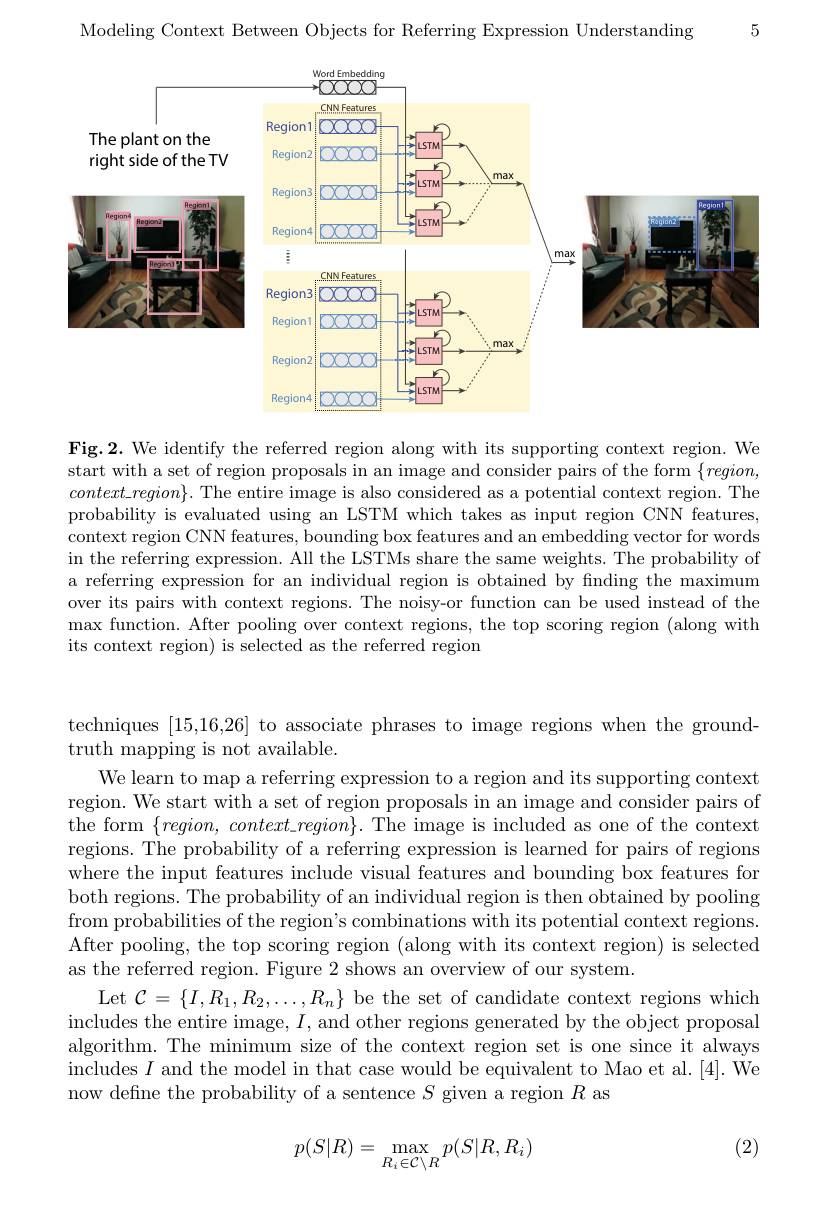
5

Modeling Context Between Objects for Referring Expression Understanding

<FigureHere>

Fig.2. We identify the referred region along with its supporting context region. We start with a set of region proposals in an image and consider pairs of the form $\{region$, $context\_region\}.$ The entire image is also considered as a potential context region. The probability is evaluated using an LSTM which takes as input region CNN features, context region CNN features, bounding box features and an embedding vector for words in the referring expression. All the LSTMs share the same weights. The probability of a referring expression for an individual region is obtained by finding the maximum over its pairs with context regions. The noisy-or function can be used instead of the $\max$ function. After pooling over context regions, the top scoring region (along with its context region) is selected as the referred region

techniques [15,16,26] to associate phrases to image regions when the ground-
truth mapping is not available.
We learn to map a referring expression to a region and its supporting context region. We start with a set of region proposals in an image and consider pairs of the form $\{region,context\_region\}.$ The image is included as one of the context regions. The probability of a referring expression is learned for pairs of regions where the input features include visual features and bounding box features for both regions. The probability of an individual region is then obtained by pooling from probabilities of the region's combinations with its potential context regions. After pooling, the top scoring region (along with its context region) is selected as the referred region. Figure 2 shows an overview of our system.
Let $\mathcal{C}=\{I,R_{1},R_{2},\ldots,R_{n}\}$ be the set of candidate context regions which includes the entire image, $I$, and other regions generated by the object proposal algorithm. The minimum size of the context region set is one since it always includes $I$ and the model in that case would be equivalent to Mao et al.[4]. We now define the probability of a sentence $S$ given a region $R$ as

(2)
$$p(S|R)=\max_{R_{i}\in\mathcal{C}\setminus R}p(S|R,R_{i})$$